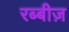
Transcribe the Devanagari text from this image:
रब्बीज़